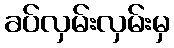
ခပ်လှမ်းလှမ်းမှ